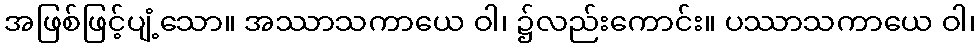
အဖြစ်ဖြင့်ပျံ့သော။ အဿာသကာယေ ဝါ၊ ၌လည်းကောင်း။ ပဿာသကာယေ ဝါ၊